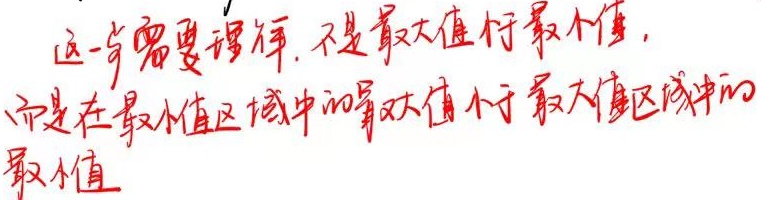
这一步需要理解. 不是最大值和最小值，而是在最小值区域中的最大值小于最大值区域中的最小值。